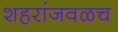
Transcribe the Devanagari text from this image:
शहरांजवळच